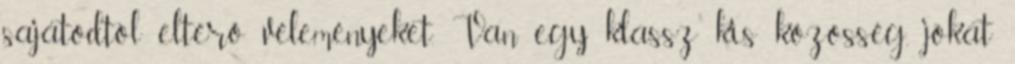
sajátodtól eltérő véleményeket. Van egy klassz kis közösség, jókat